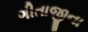
ગીતાજીના